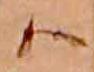
ハ